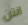
انتن